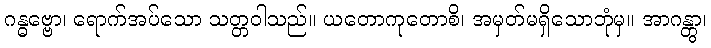
ဂန္ဓဗ္ဗော၊ ရောက်အပ်သော သတ္တဝါသည်။ ယတောကုတောစိ၊ အမှတ်မရှိသောဘုံမှ။ အာဂန္တွာ၊